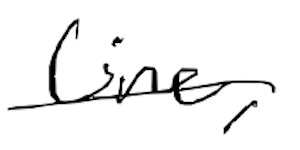
Text: line,
Cross-out: single-line
Writing tool: digital_black